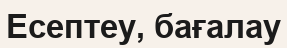
Есептеу, бағалау